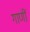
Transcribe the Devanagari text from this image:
गाणीं